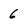
Character: 6